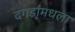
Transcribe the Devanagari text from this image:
दगडांमधला